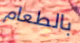
بالطعام